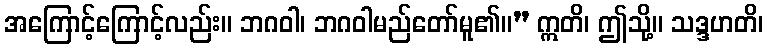
အကြောင့်ကြောင့်လည်း။ ဘဂဝါ၊ ဘဂဝါမည်တော်မူ၏။” ဣတိ၊ ဤသို့။ သဒ္ဒဟတိ၊